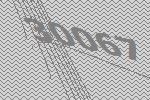
30067